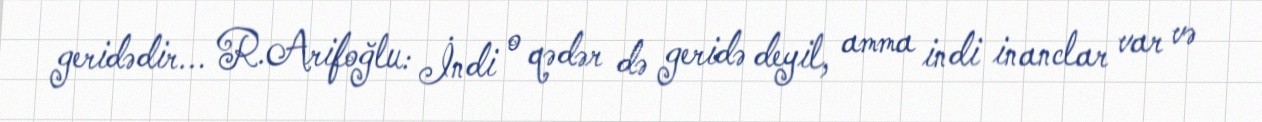
geridədir... R.Arifoğlu: İndi o qədər də geridə deyil, amma indi inanclar var və